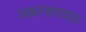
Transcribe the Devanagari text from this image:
अब्राम्हणवाद